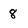
Character: 8